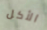
الأكل